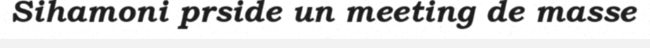
Sihamoni prside un meeting de masse